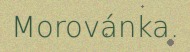
Morovánka.